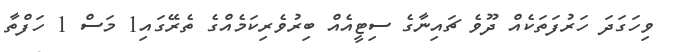
ވިހަގަދަ ހަރުފަތަކެއް ދޫވެ ޗައިނާގެ ސިޓީއެއް ބިރުވެރިކަމެއްގެ ތެރޭގައި1 މަސް 1 ހަފްތާ